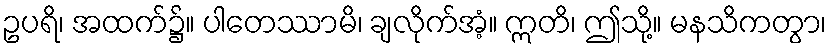
ဥပရိ၊ အထက်၌။ ပါတေဿာမိ၊ ချလိုက်အံ့။ ဣတိ၊ ဤသို့။ မနသိကတွာ၊